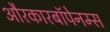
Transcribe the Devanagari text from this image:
औरकारबॉपेनम्स